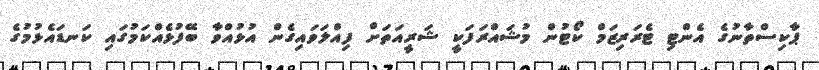
ޕާކިސްތާނުގެ އެންޓި ޓެރަރިޒަމް ކޯޓުން މުޝައްރަފަކީ ޝަރީއަތަށް ފިއްލަވައިގެން އުޅުއްވާ ބޭފުޅެއްކަމުގައި ކަނޑައެޅުމުގެ